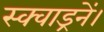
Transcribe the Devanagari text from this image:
स्क्वाड्रनें।